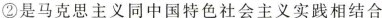
②是马克思主义同中国特色社会主义实践相结合